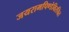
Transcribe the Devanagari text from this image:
जयरामपिण्डेविरचित